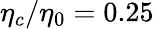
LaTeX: \eta_{c}/\eta_{0}=0.25